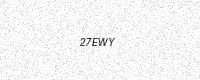
Text: 27EWY